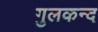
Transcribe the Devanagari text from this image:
गुलकन्द